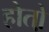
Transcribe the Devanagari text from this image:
होतो़